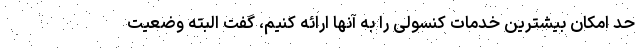
حد امکان بیشترین خدمات کنسولی را به آنها ارائه کنیم، گفت البته وضعیت